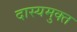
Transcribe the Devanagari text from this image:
दास्यमुक्त